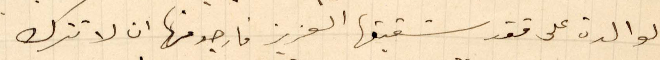
الوالدة على فقد شقيقها العزيز فارجو منها ان لا تترك